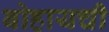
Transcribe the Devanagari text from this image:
बोहायची